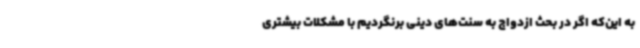
به این‌که اگر در بحث ازدواج به سنت‌های دینی برنگردیم با مشکلات بیشتری